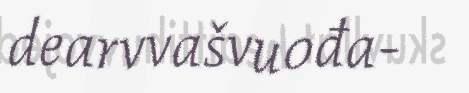
dearvvašvuođa-